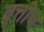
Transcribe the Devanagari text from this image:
वृत्तीच